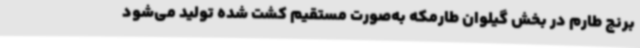
برنج طارم در بخش گیلوان طارمکه به‌صورت مستقیم کشت شده تولید می‌شود